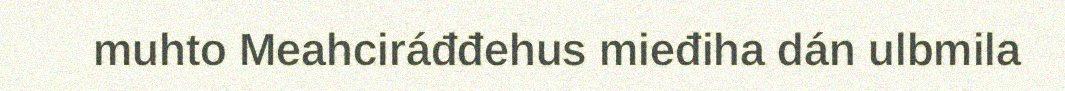
muhto Meahciráđđehus mieđiha dán ulbmila